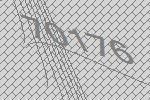
70176